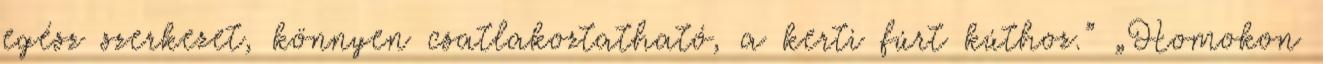
egész szerkezet, könnyen csatlakoztatható, a kerti fúrt kúthoz.” „Homokon